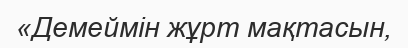
«Демеймін жұрт мақтасын,